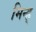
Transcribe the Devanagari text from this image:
मिन्ह्